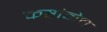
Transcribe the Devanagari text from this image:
कष्टांनेच